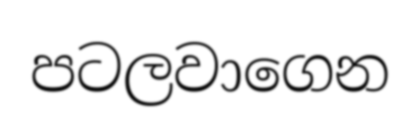
පටලවාගෙන